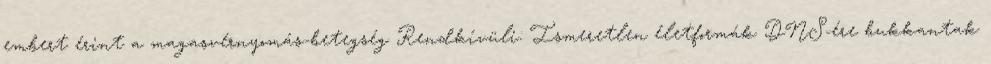
embert érint a magasvérnyomás-betegség Rendkívüli: Ismeretlen életformák DNS-ére bukkantak